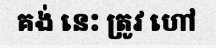
គង់ នេះ ត្រូវ ហៅ